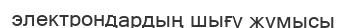
электрондардың шығу жұмысы